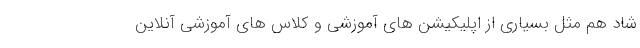
شاد هم مثل بسیاری از اپلیکیشن های آموزشی و کلاس های آموزشی آنلاین